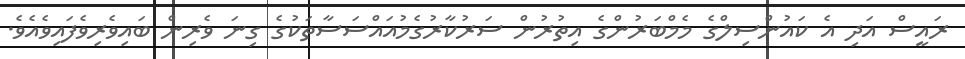
ރައީސް އަދި އެ ކައުންސިލްގެ މެމްބަރުންގެ އިތުރުން ސަރުކާރުގެމުއައްސަސާތަކުގެ ގިނަ ވެރިން ބައިވެރިވެފައިވެއެވެ.